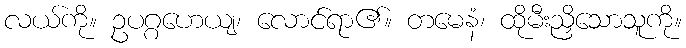
လယ်ကို။ ဥပဂ္ဂဟေယျ၊ လောင်ရာ၏။ တမေနံ၊ ထိုမီးညှိသောသူကို။